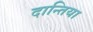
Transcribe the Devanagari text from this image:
दान्तिया